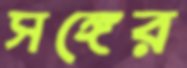
সঙ্গের